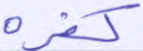
كفره